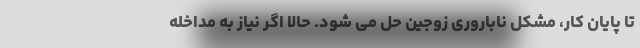
تا پایان کار، مشکل ناباروری زوجین حل می شود. حالا اگر نیاز به مداخله